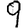
Digit: 9